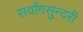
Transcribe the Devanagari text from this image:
सर्वांगसुन्दरी